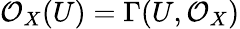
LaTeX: {\mathcal{O}}_{X}(U)=\Gamma(U,{\mathcal{O}}_{X})